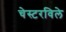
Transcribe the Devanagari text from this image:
चेस्टरविले